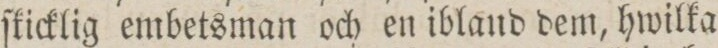
ſkicklig embetsman och en ibland dem, hwilka